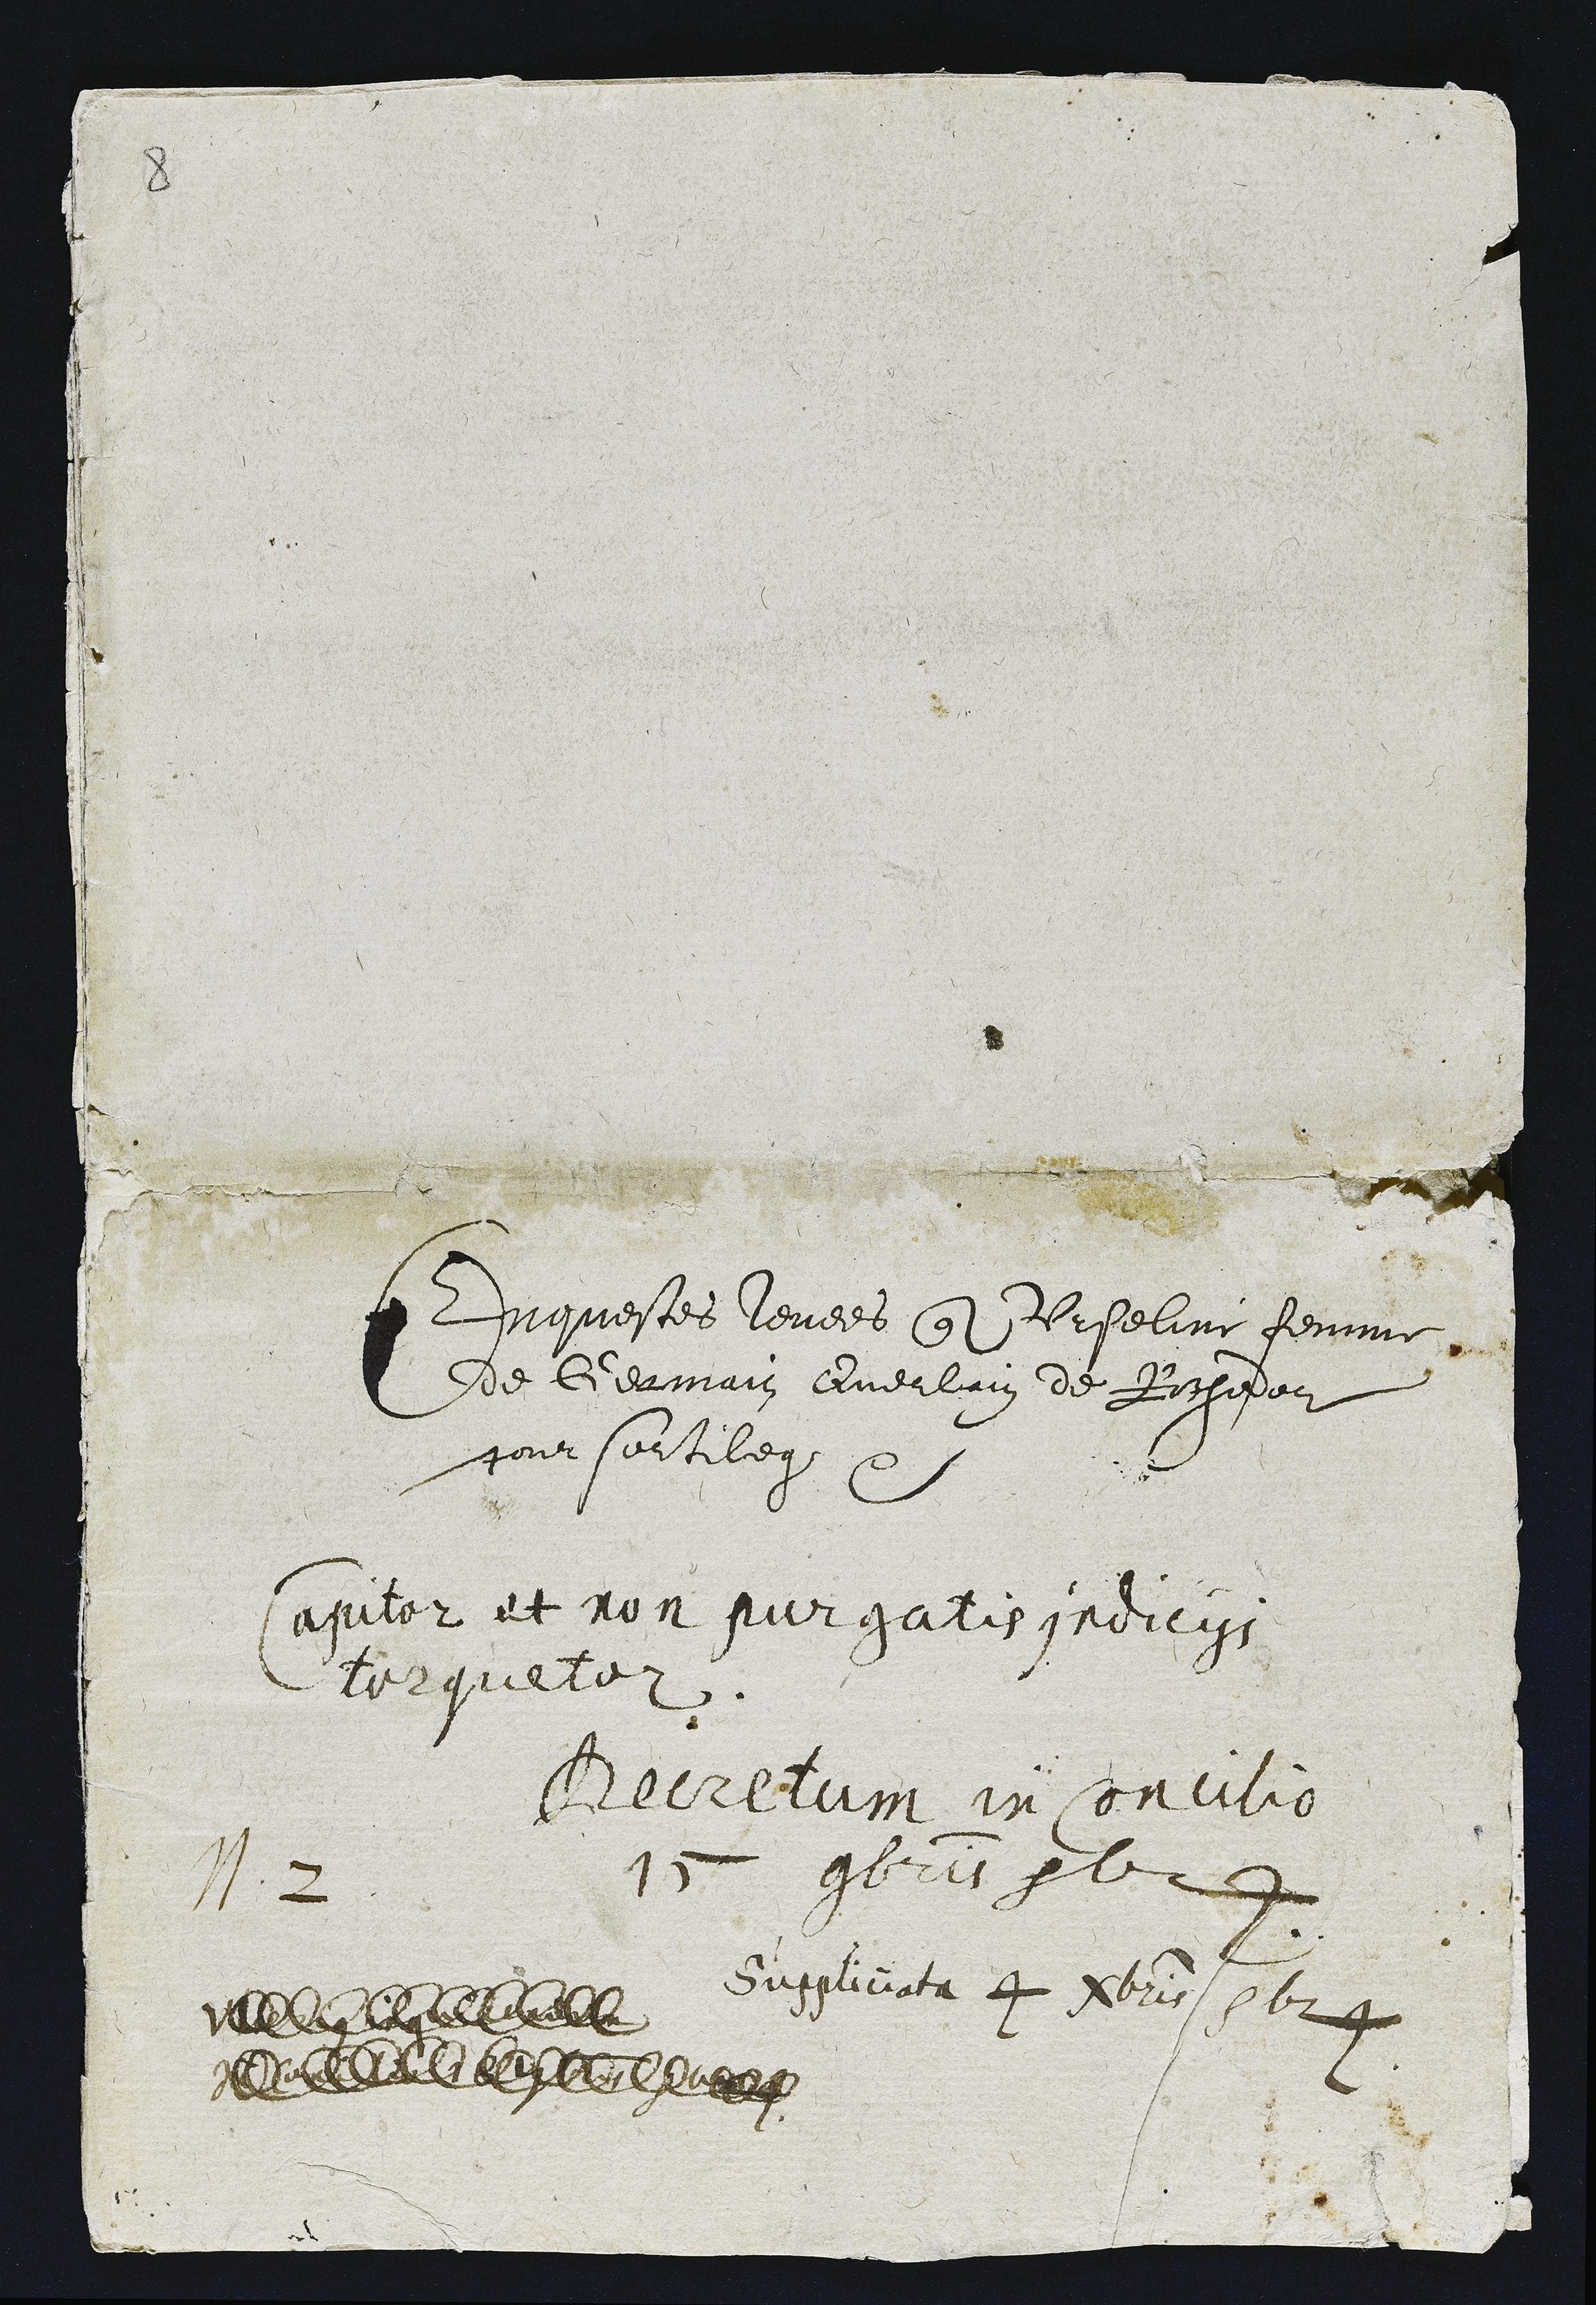
1.2

Inquestes levees que IUrseline femme
de Germain Guerlain de Rochedor
pour sortilege

apiter et non purgatis indiciss
lerqueler.

Berrelum in conion
1 96r1 5l

suplicta 4 Hbrs 1624